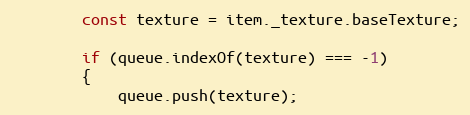
Language: JavaScript
        const texture = item._texture.baseTexture;

        if (queue.indexOf(texture) === -1)
        {
            queue.push(texture);